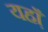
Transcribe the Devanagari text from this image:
यहा़ँ